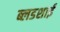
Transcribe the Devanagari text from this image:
ब्लडशाई